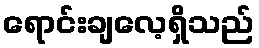
ရောင်းချလေ့ရှိသည်